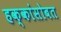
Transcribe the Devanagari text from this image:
हक्कांसोबत